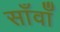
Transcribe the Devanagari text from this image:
साँवाँ